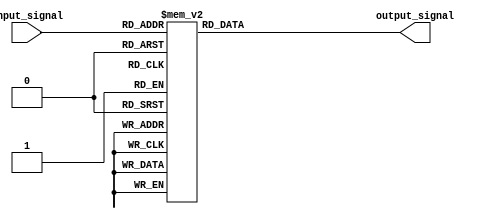
module simple_case_statement (
    input [2:0] input_signal,
    output reg [3:0] output_signal
);

always @ (*) begin
    case(input_signal)
        3'b000: output_signal = 4'b0000;
        3'b001: output_signal = 4'b0001;
        3'b010: output_signal = 4'b0010;
        3'b011: output_signal = 4'b0011;
        3'b100: output_signal = 4'b0100;
        3'b101: output_signal = 4'b0101;
        3'b110: output_signal = 4'b0110;
        3'b111: output_signal = 4'b0111;
        default: output_signal = 4'b1111;
    endcase
end

endmodule